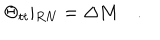
\Theta _ { t t } \vert _ { R N } = \Delta M \quad .